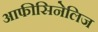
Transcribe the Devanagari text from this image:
आफीसिनेलिज